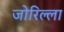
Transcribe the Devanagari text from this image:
जोरिल्ला